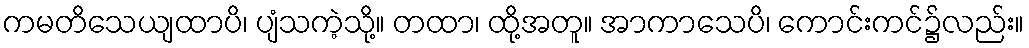
ကမတိသေယျထာပိ၊ ပျံသကဲ့သို့။ တထာ၊ ထို့အတူ။ အာကာသေပိ၊ ကောင်းကင်၌လည်း။